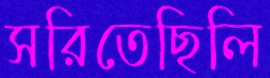
সরিতেছিলি